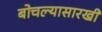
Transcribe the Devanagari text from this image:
बोचल्यासारखी